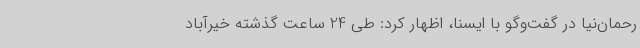
رحمان‌نیا در گفت‌وگو با ایسنا، اظهار کرد: طی 24 ساعت گذشته خیرآباد